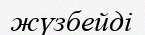
жүзбейді